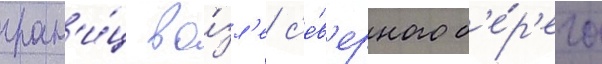
гран'и́ц во́зл'е с'е́в'ерного б'е́р'ега